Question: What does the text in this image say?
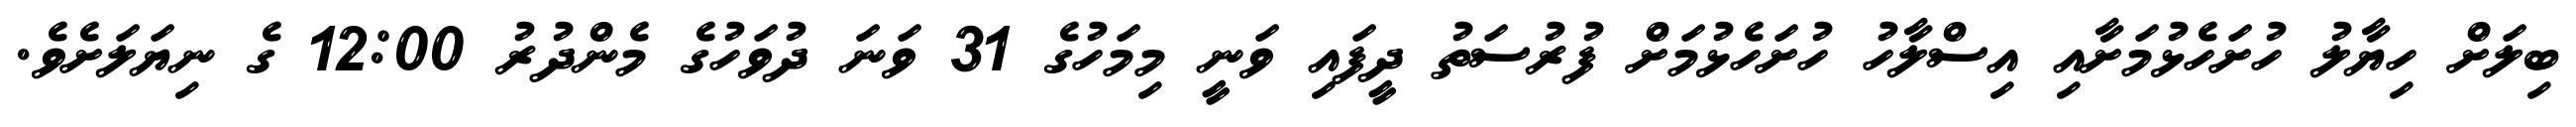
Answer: ބިލަށް ހިޔާލު ހުށަހެޅުމަށާއި އިސްލާހު ހުށަހެޅުމަށް ފުރުސަތު ދީފައި ވަނީ މިމަހުގެ 31 ވަނަ ދުވަހުގެ މެންދުރު 12:00 ގެ ނިޔަލަށެވެ.